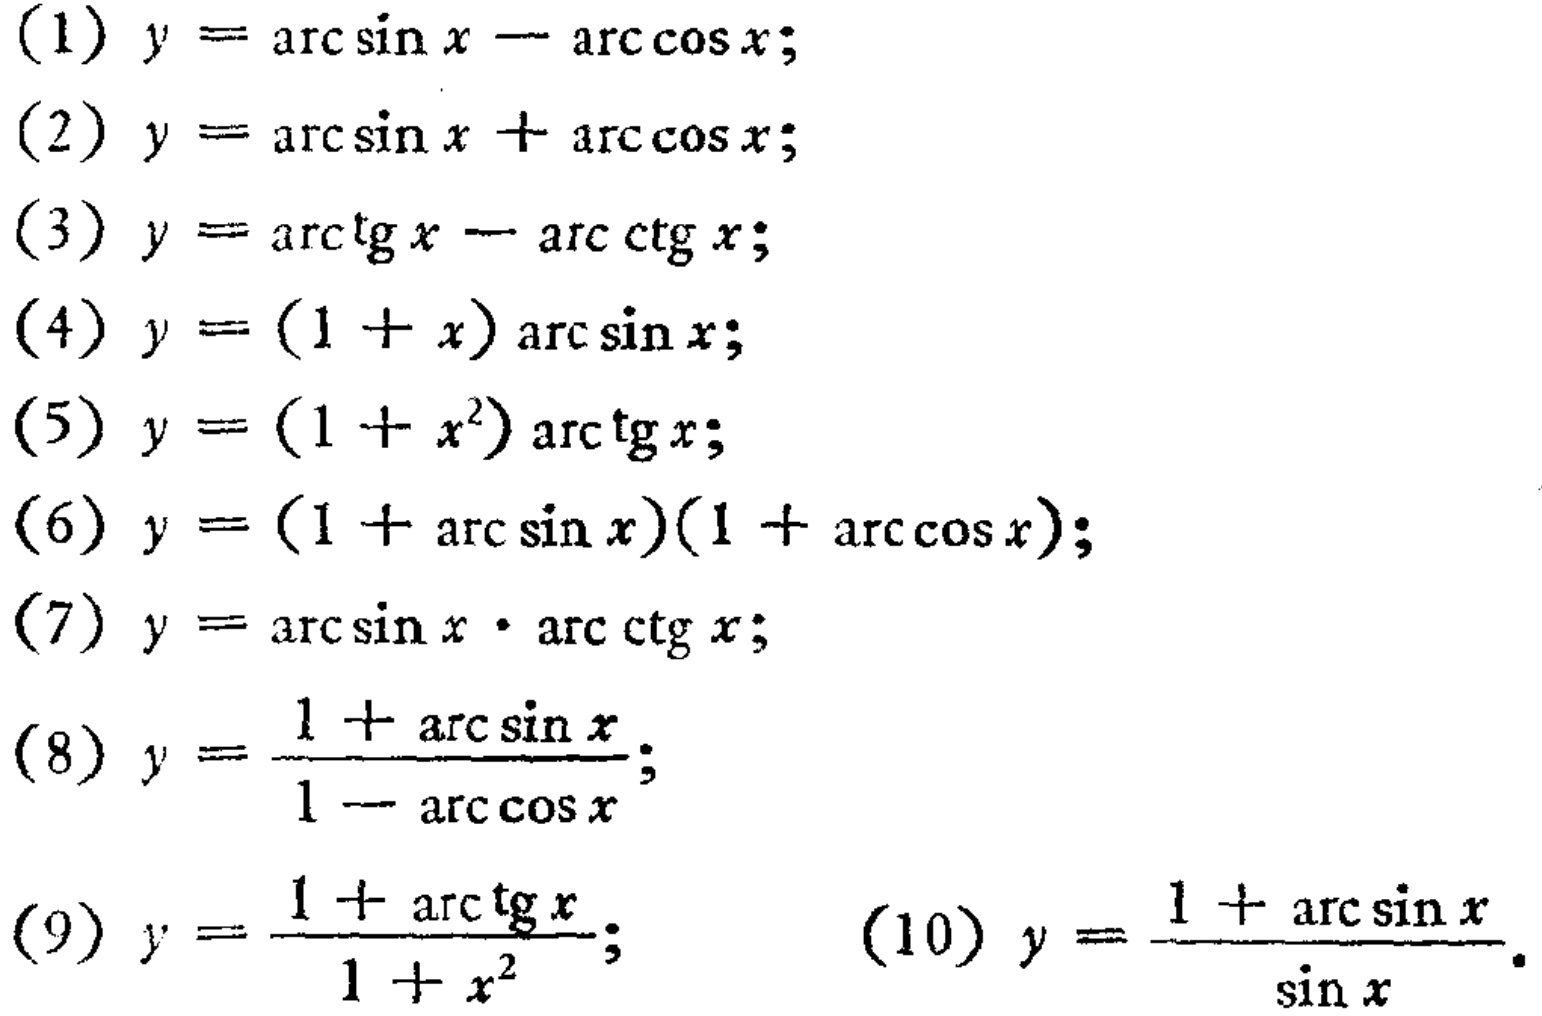
(1) \(y = \arcsin x-\arccos x\);
(2) \(y = \arcsin x+\arccos x\);
(3) \(y = \arctan x-\text{arccot }x\);
(4) \(y = (1 + x)\arcsin x\);
(5) \(y = (1 + x^{2})\arctan x\);
(6) \(y=(1 + \arcsin x)(1+\arccos x)\);
(7) \(y=\arcsin x\cdot\text{arccot }x\);
(8) \(y = \frac{1+\arcsin x}{1-\arccos x}\);
(9) \(y = \frac{1+\arctan x}{1 + x^{2}}\);
(10) \(y = \frac{1+\arcsin x}{\sin x}\).